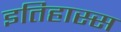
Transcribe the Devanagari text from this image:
इतिहास्स